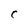
Character: C